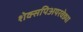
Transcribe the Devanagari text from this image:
शेक्सपिअयरवेड्या